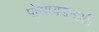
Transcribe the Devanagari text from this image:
पोसायडनाशी